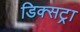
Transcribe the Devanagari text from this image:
डिक्सट्रा